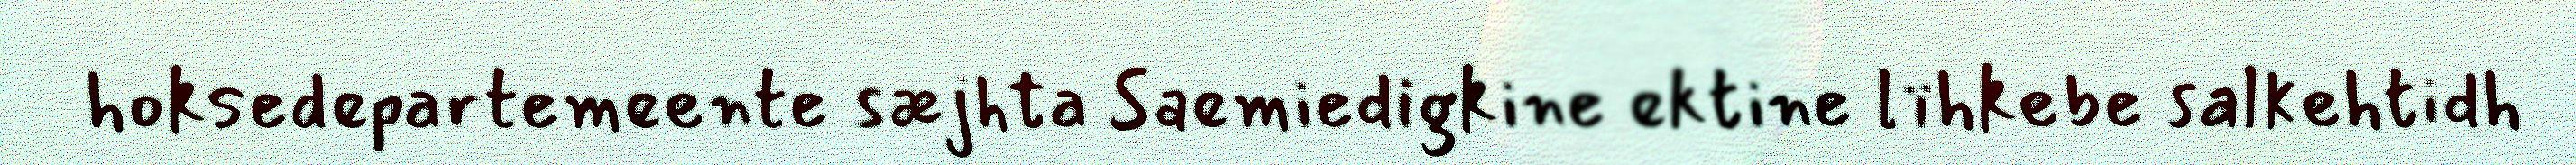
hoksedepartemeente sæjhta Saemiedigkine ektine lïhkebe salkehtidh